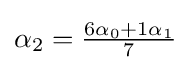
{\textstyle \alpha _{2}={{6\alpha _{0}+1\alpha _{1}} \over 7}}